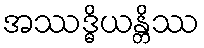
အဿဒ္ဓိယန္တိဿ